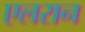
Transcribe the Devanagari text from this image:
एलरान